Scottish Leaving Certificate Examination, 1960
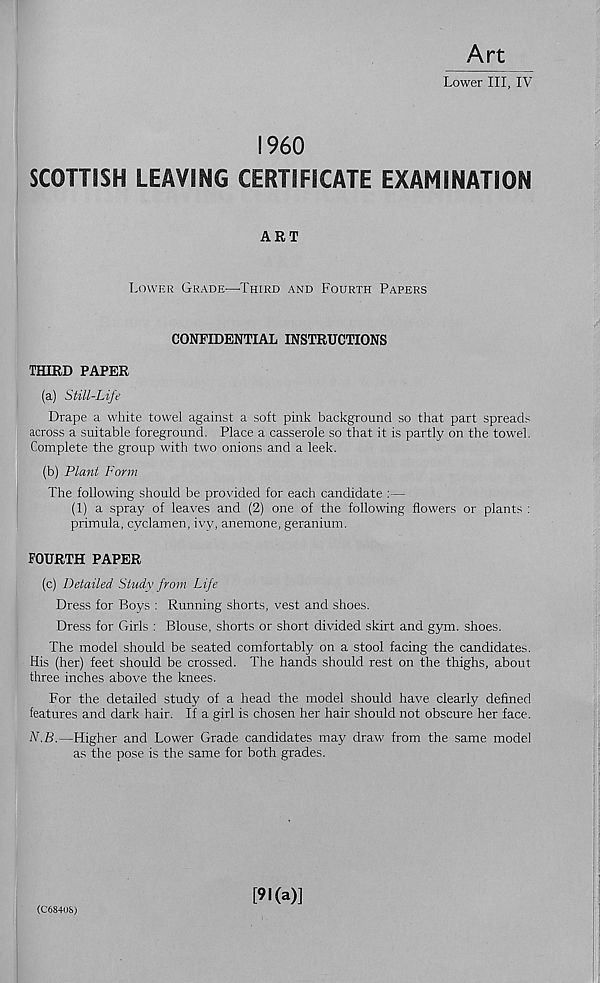
Art
Lower III, IV
I960
SCOTTISH LEAVING CERTIFICATE EXAMINATION
ART
Lower Grade—Third and Fourth Papers
CONFIDENTIAL INSTRUCTIONS
THIRD PAPER
(a) Still-Life
Drape a white towel against a soft pink background so that part spreads
across a suitable foreground. Place a casserole so that it is partly on the towel.
Complete the group with two onions and a leek.
(b) Plant Form
The following should be provided for each candidate :—
(1) a spray of leaves and (2) one of the following flowers or plants :
primula, cyclamen, ivy, anemone, geranium.
FOURTH PAPER
(c) Detailed Study from Life
Dress for Boys : Running shorts, vest and shoes.
Dress for Girls : Blouse, shorts or short divided skirt and gym. shoes.
The model should be seated comfortably on a stool facing the candidates.
His (her) feet should be crossed. The hands should rest on the thighs, about
three inches above the knees.
For the detailed study of a head the model should have clearly defined
features and dark hair. If a girl is chosen her hair should not obscure her face.
N.B.—Higher and Lower Grade candidates may draw from the same model
as the pose is the same for both grades.
(C684U&)
[91(a)]